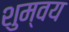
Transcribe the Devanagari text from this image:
शुम्वय